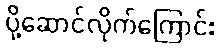
ပို့ဆောင်လိုက်ကြောင်း